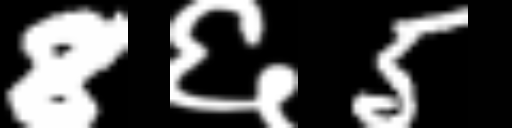
Text: 8६5